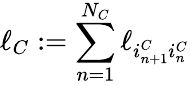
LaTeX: \ell_{C}:=\sum_{n=1}^{N_{C}}\ell_{i_{n+1}^{C}i_{n}^{C}}